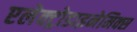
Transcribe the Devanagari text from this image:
एलेक्ट्रोडाइनेमिक्स